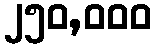
၂၅၀,၀၀၀